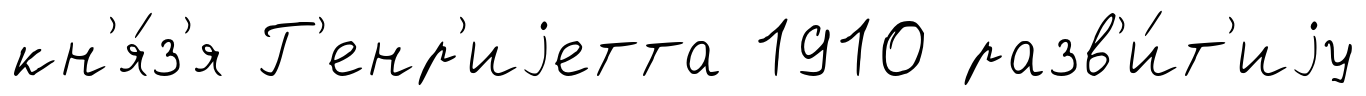
кн'я́з'я Г'енр'иjетта 1910 разв'и́т'иjу